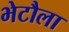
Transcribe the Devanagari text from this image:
भेटौला